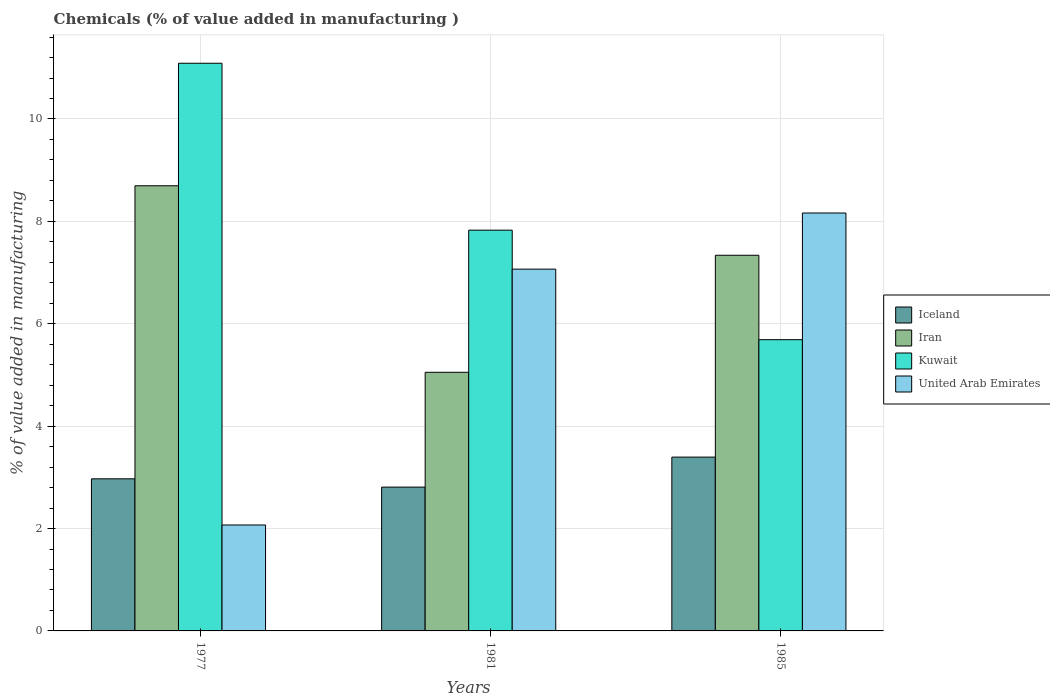
| Years | Iceland | Iran | Kuwait | United Arab Emirates |
 | --- | --- | --- | --- | --- |
 | 1977 | 2.97 | 8.7 | 11.1 | 2.07 |
 | 1981 | 2.81 | 5.05 | 7.83 | 7.07 |
 | 1985 | 3.4 | 7.34 | 5.69 | 8.16 |